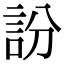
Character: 訜